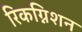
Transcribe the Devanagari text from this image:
रिकग्निशन